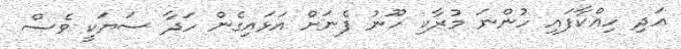
އަދި ހިއްކާފައި ހުންނަ މުރާކި ހޫނު ފެނަށް އަޅައިގެން ހަދާ ސަޔަކީ ވެސް